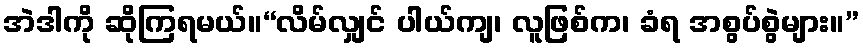
အဲဒါကို ဆိုကြရမယ်။“လိမ်လျှင် ပါယ်ကျ၊ လူဖြစ်က၊ ခံရ အစွပ်စွဲများ။”